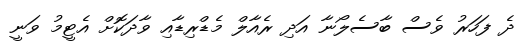
ދެ ފަހަރު ވެސް ބާސެލޯނާ އަދި ރެއާލް މެޑްރިޑާއި ވާދަކޮށް އެޓީމު ވަނީ